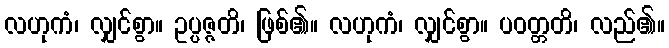
လဟုကံ၊ လျှင်စွာ။ ဥပ္ပဇ္ဇတိ၊ ဖြစ်၏။ လဟုကံ၊ လျှင်စွာ။ ပဝတ္တတိ၊ လည်၏။